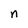
Character: n